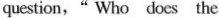
question, “ Who docs the